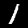
Label: 1